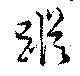
蹤